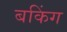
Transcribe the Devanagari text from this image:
बकिंग